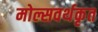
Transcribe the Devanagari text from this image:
मोल्सवर्थकृत